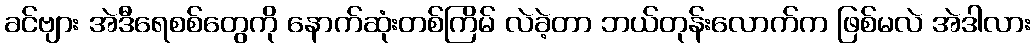
ခင်ဗျား အဲဒီရေစစ်တွေကို နောက်ဆုံးတစ်ကြိမ် လဲခဲ့တာ ဘယ်တုန်းလောက်က ဖြစ်မလဲ အဲဒါလား